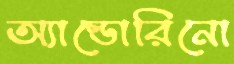
অ্যাল্ডোরিনো